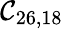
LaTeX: \mathcal{C}_{26,18}